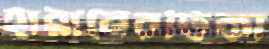
হারানেরঢিকা